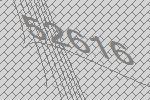
52616